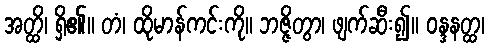
အတ္ထိ၊ ရှိ၏။ တံ၊ ထိုမာန်ကင်းကို။ ဘဇ္ဇိတွာ၊ ဖျက်ဆီး၍။ ဝန္ဒနတ္ထ၊